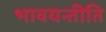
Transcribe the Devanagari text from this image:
भावयन्तीति